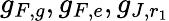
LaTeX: g_{F,g},g_{F,e},g_{J,r_{1}}